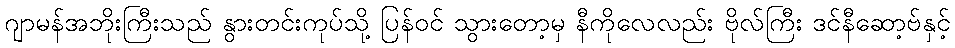
ဂျာမန်အဘိုးကြီးသည် နွားတင်းကုပ်သို့ ပြန်ဝင် သွားတော့မှ နီကိုလေလည်း ဗိုလ်ကြီး ဒင်နီဆော့ဗ်နှင့်